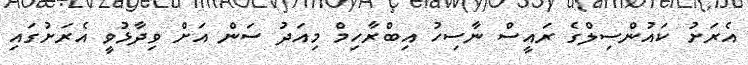
އެރަށު ކައުންސިލްގެ ރައީސް ނާސިހު އިބްރާހިމް މިއަދު ސަން އަށް ވިދާޅުވީ އެރަށުގައި